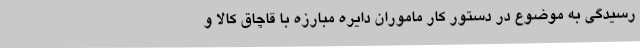
رسیدگی به موضوع در دستور کار ماموران دایره مبارزه با قاچاق کالا و